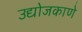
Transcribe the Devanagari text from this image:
उद्योजकाणे